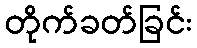
တိုက်ခတ်ခြင်း